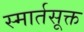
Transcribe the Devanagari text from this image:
स्मार्तसूक्त